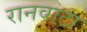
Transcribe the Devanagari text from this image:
रानवाटा